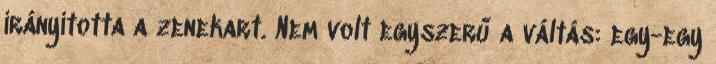
irányította a zenekart. Nem volt egyszerű a váltás: egy-egy